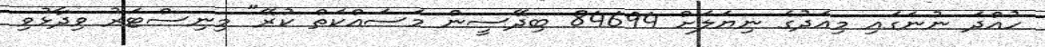
ހުއްދަ ނުނަގައި މިއަދުގެ ނިޔަލަށް 84694 ބިދޭސީން މަސައްކަތް ކުރޭ" މިނިސްޓަރު ވިދާޅުވި